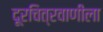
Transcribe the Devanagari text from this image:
दूरचित्रवाणीला